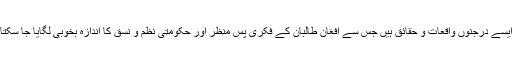
یقینا ایسے درجنوں واقعات و حقائق ہیں جس سے افغان طالبان کے فکری پس منظر اور حکومتی نظم و نسق کا اندازہ بخوبی لگایا جا سکتا ہے۔